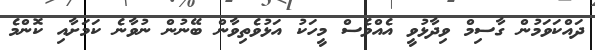
ދައްކަވަމުން ގާސިމް ވިދާޅުވީ އެއްވެސް މީހަކު އަޅުވެތިވާން ބޭނުން ނުވާނެ ކަމަށާއި ކޮންމެ